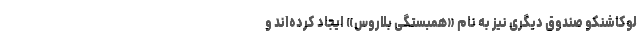
لوکاشنکو صندوق دیگری نیز به نام «همبستگی بلاروس» ایجاد کرده‌اند و